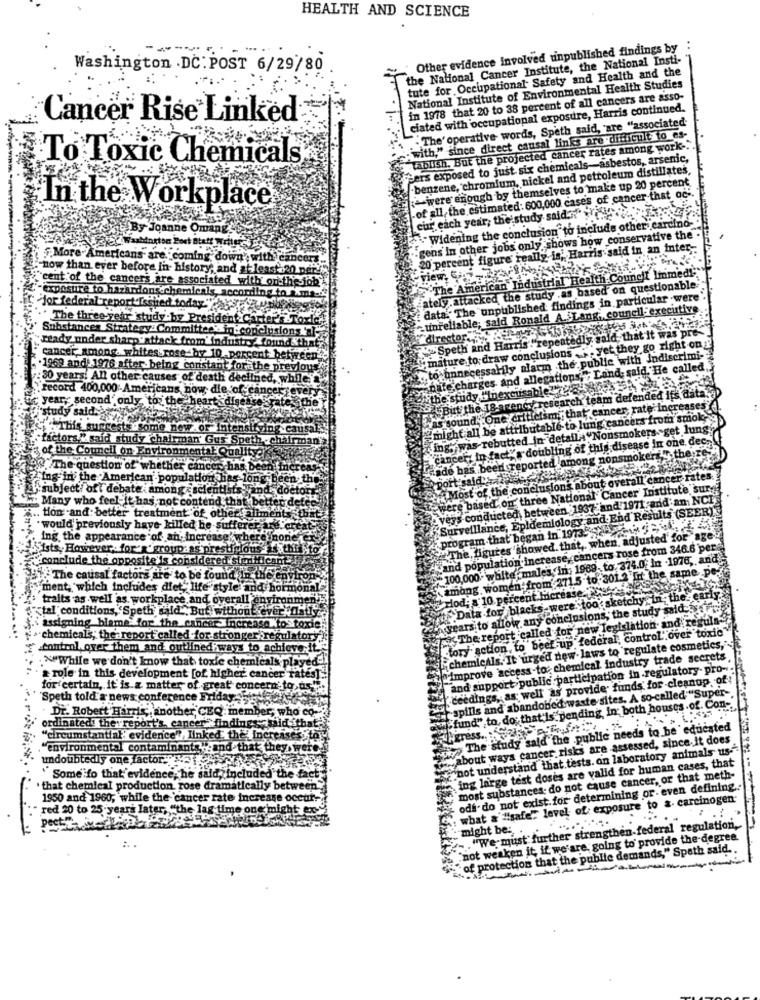
HEALTH AND SCIENCE
Other evidence Involved tinpublished findings by :
the National Cancer Institute, the National Insti-
Washington . DC : POST 6/29/80
tute for Occupational Safety and Health and the
National Institute of Environmental Health Studies
in 1978 that 20 to 38 percent of all cancers are asso-
ciated with occupational exposure, Harris continued.
Cancer Rise Linked
. The' operative words, Speth said, 'are "associated-
" with," since direct causal links are difficult to es-
tablish. But the projected cancer rates among work -.
To Toxic Chemicals
gers exposed to just six chemicals-asbestos, arsenic,
benzene, chromium, nickel and petroleum distillates.
were enough by themselves to make up 20 percent
In the Workplace
.of all, the estimated: 600,000 cases of cancer that ac'.
cur each year, the study said Tych
"Widening the conclusion" to include other carcino -.
By Joanne Omang
-gens in other jobs only shows how conservative the .
20 percent figure really is, Harris said in an inter-
More-Americans are coming down', with cancer
-now than ever before in history, and at least :20 per
The American Industrial Health Council Immed!"
"cent of the cancers are associated with on the job
ately.attacked the study .as based on questionable
exposure to hazardons chemicals, according t
data. The "unpublished findings in particular .wer
"for federal report Issued today"?
council executive
" The three vetor study.by President
- unreliable; said Ronald A.SLang
Substances Strategy Committee - in conclusions '
"director.
Speth and Harris ."repeatedly said that it was p
mature to draw conclusions .""yet they go right on ?
ready under sharp attack from' industry & found&th
cancer among. whites rose-by 10 percent between
to unnecessarily alarm the public with indiscrimi-
.1969 andi 1976 after being constant for the previous!
"nate charges and allegations," Land said, He called,
:30 years. All other causes of death declined, while
"record 400,000 -Americans now die 'of
cance
Asthe study "'inexcusable?
year, second" only, to: the hea
But the 18arency research team
defendedifs.a
is sound, One criticism that car
te ine
Fases
study salda
"from smok,
"This suggests some now or inte
'might all be attributable to lungt
kers sget lung
factors," said study chairman' Gu
ing, was rebutted in detalla"No
ease in one.
dec-
of the Council on Environmental Quality
cancer; in fact,'s doubling of this
there .!
Fande has been reported among
The question of whether cance
"ing in the American population has lo
port said
subject: oft debate. amongescient!
the Most of the conclusions ab
titute sur
were based on three National"
1971 :and am NCI
Many who feel it has not contend th
vers conductech, between 1937a
d'Results (SEER)
.. tion and: better treatment of ot!
Surveillance, Epidemiology and
- would previously have killed he suff
program that began in 19735
ing the appearance of an Increase',
none
Sists, However ,. for'n'group.as pre
The, figures showed. that ,. whe
rose from 346.6 per.
conclude the opposite' is considered
and population increase, cancers
374.0 In -1976, and'
>100,000 . white males in: 1969. to
among women from 2715 to-301.2 fit the same pe;
1. The causal factors are to be found
ment, which includes diet, life" style'
horm
traits as well as workplace and overall environm
Hiod; a 10 percent Micrease
etchy In the
early
tal conditions, 'Speth wald . But without ever"
of Data for blacks were. t
years to allow any conclusions, the study said
was The report called for new legislation and regula-
assigning blame for the cancer incr
aKto toxic
tory action, to beef up federal, control" over toxic"
>chemicals; the report called for stronger' regulatory
control, over them and outlined ways to achieve
.chemicals. It urged new- laws to 'regulate cosmetics,"
:""While we don't know that toxic chemicals played-
improve access -to; chemical industry trade secrets
and support public participation in regulatory. pro-
& role in this development [of higher' cancer't
ceedings, as well as provide funds for cleanup of!
for certain, it is a matter of great concern to
spills and abandoned waste sites. A so-called "Super -.
"Speth told a news conference Friday""
DE. Robert Harris ,, another, CEQ: member, who co-
fund" to do that'is pending, in; both houses .of. Con-'
ordinated the report's, cancer"finding
The study sald the public needs to be 'educated
"circumstantial' evidence"> linked the Inereis
about ways cancer risks are assessed, since.it does
."environmental contaminants ":and that they
not understand that tests. on laboratory animals us-
undoubtedly one factor. .
ing large test doses are valid for human cases, that
Some fo that evidence, he said, included the fact
most substances- do not cause cancer, or that meth-
that chemical production, rose dramatically between"
ods do not exist. for determining or- even defining
1950 and 1960; while the 'cancer rate increase occur-
what & #safe: level of exposure to a. carcinogen
"red 20 to 25-years later, "the lag time or
«'mig)
pect
-. "We must further strengthen-federal regulation,
might be :.
"not weaken it, if we are going to provide the-degree.
of protection that the public demands," Speth said ..